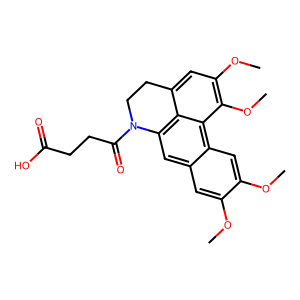
SMILES: COc1cc2cc3c4c(cc(OC)c(OC)c4c2cc1OC)CCN3C(=O)CCC(=O)O
Inhibits HIV replication: No